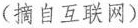
(摘自互联网)